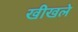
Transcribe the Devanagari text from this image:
खीखले